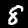
Label: 8